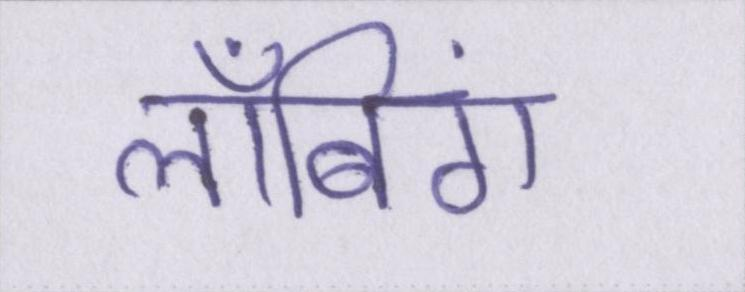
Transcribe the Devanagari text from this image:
लॉबिंग